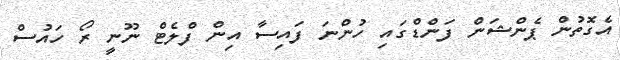
އެގޮތުން ޕެންޝަން ފަންޑްގައި ހުންނަ ފައިސާ އިން ފްލެޓް ނޫނީ ރޯ ހައުސް